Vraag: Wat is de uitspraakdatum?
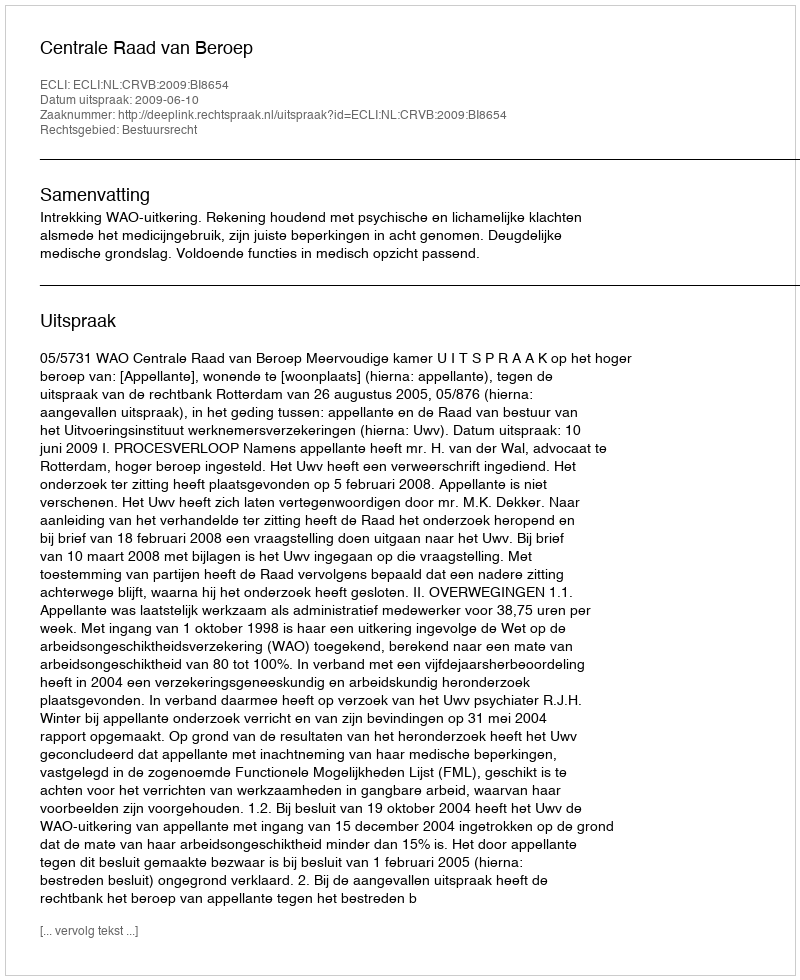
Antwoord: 2009-06-10